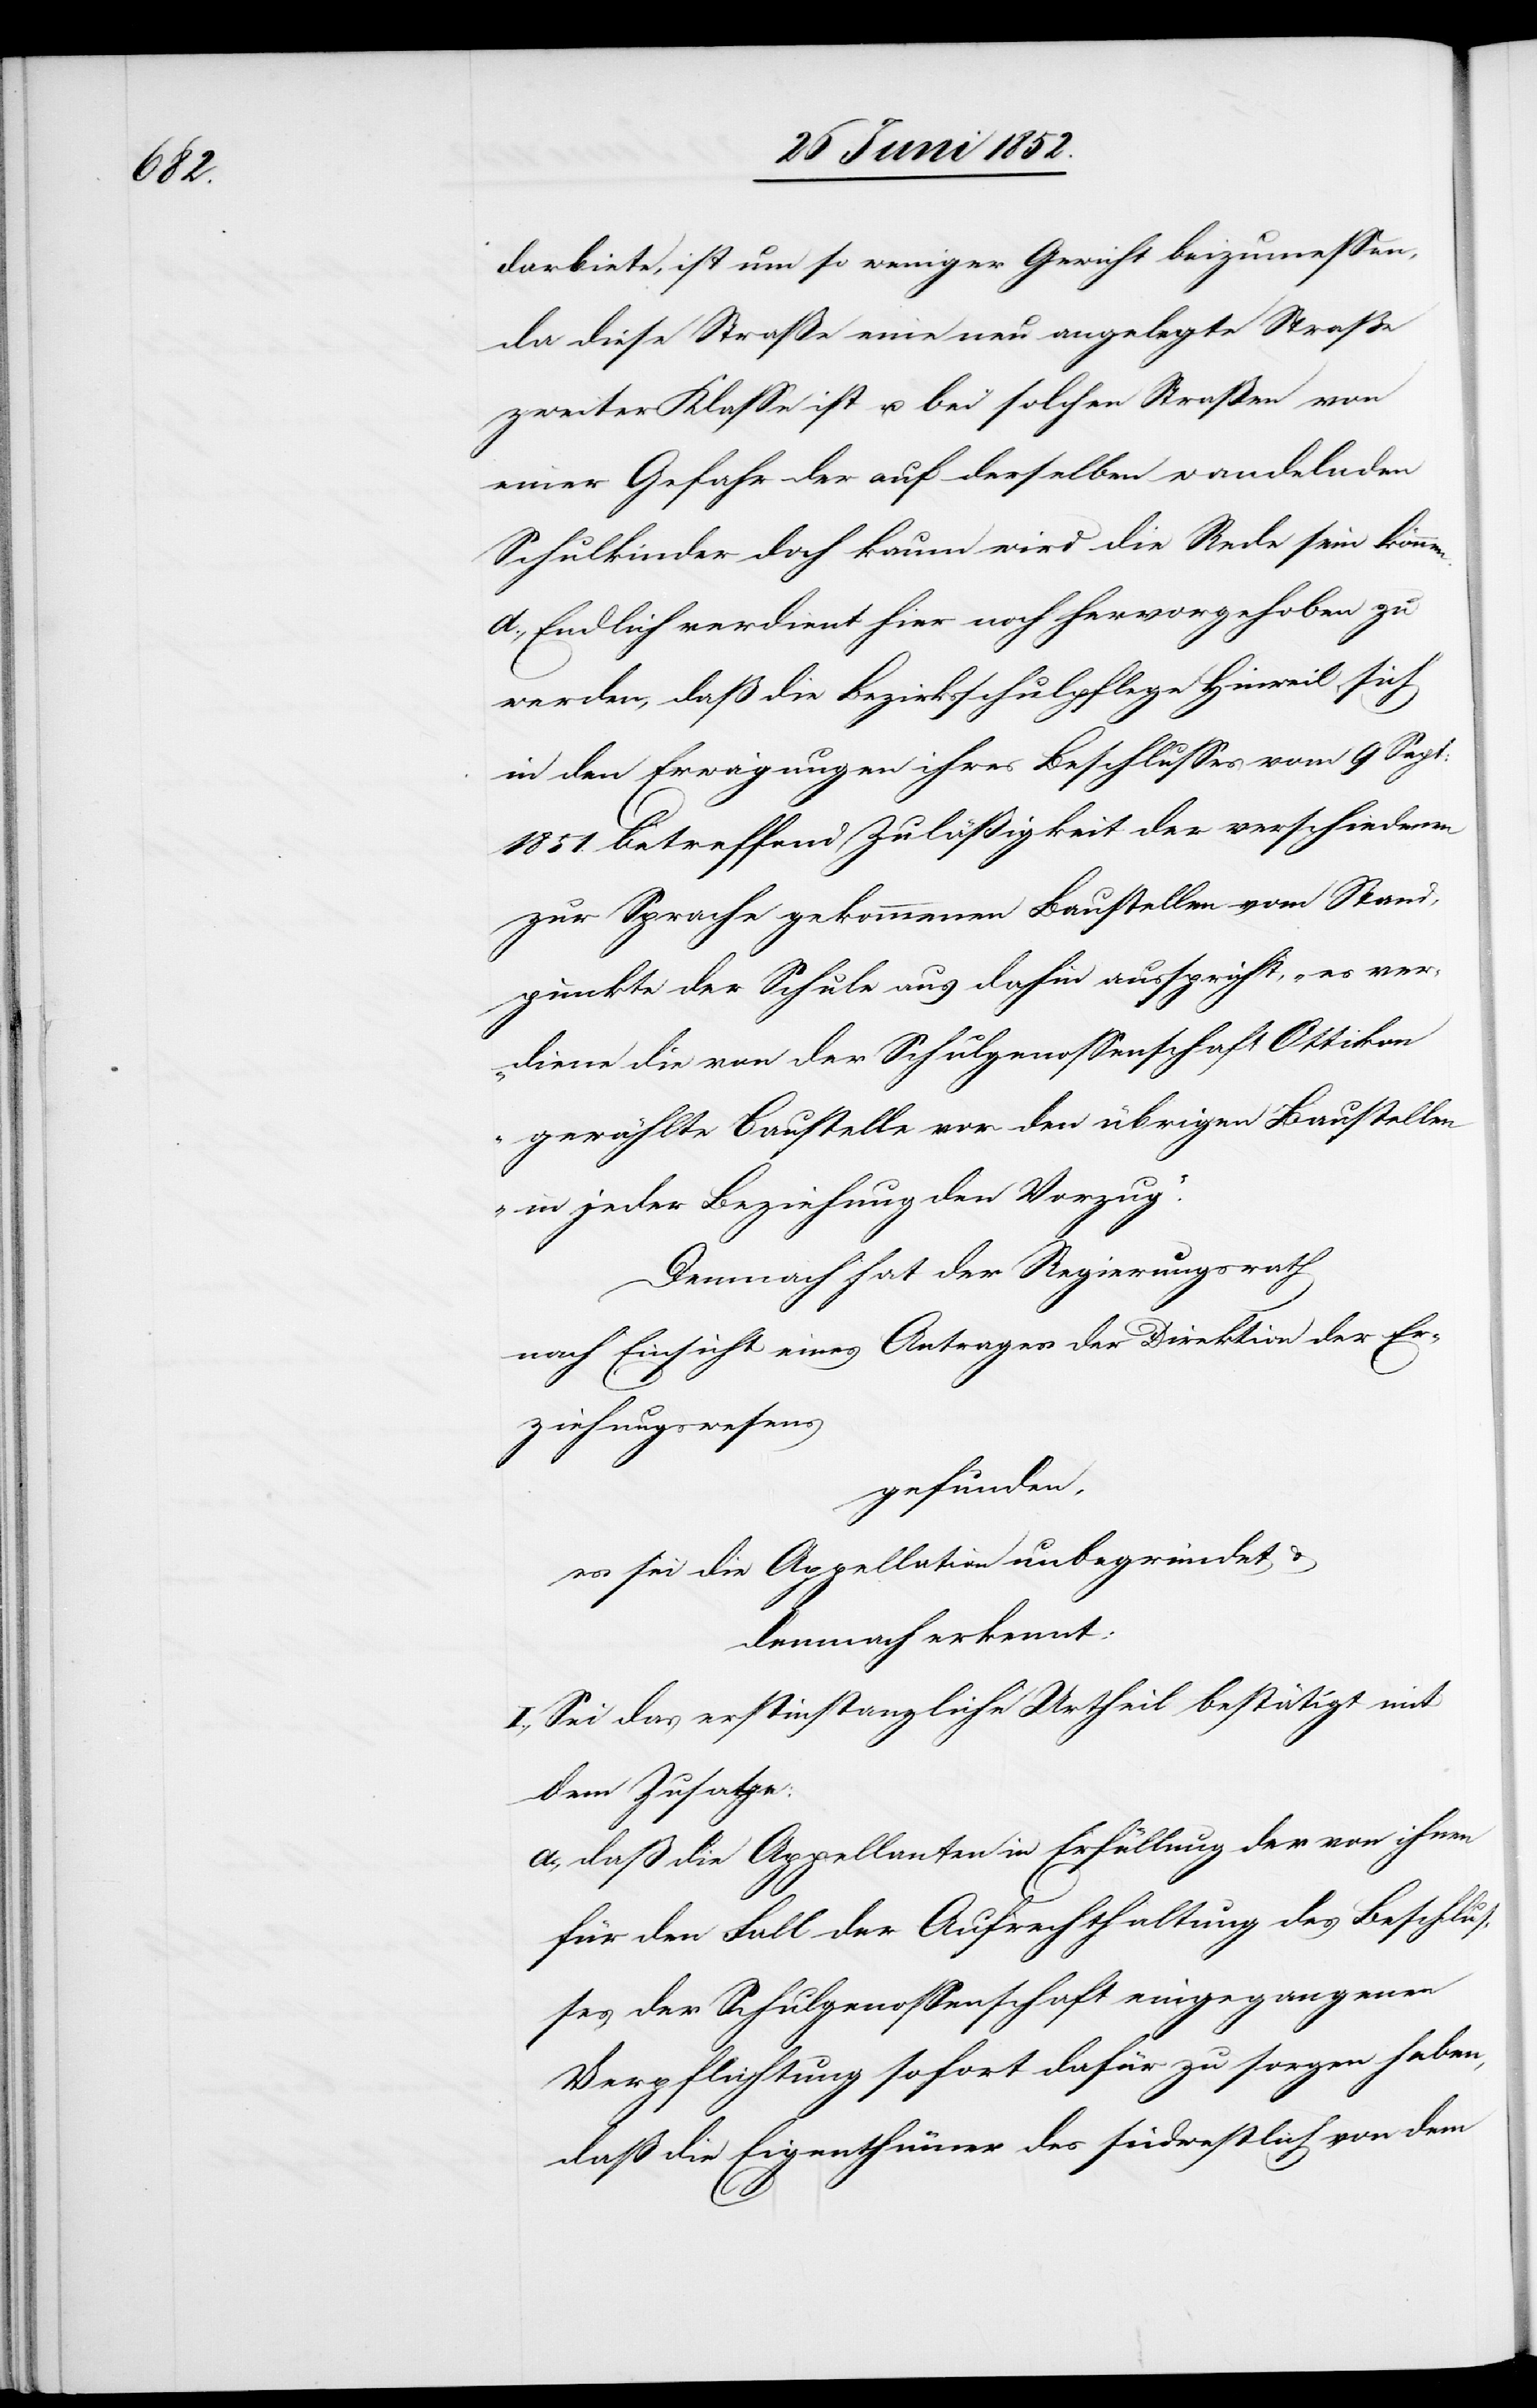
c!]

darbiete, ist um so weniger Gewicht beizumessen,
da diese Straße eine neu angelegte Straße
zweiter Klasse ist u. bei solchen Straßen von
einer Gefahr der auf derselben wandelnden
Schulkinder doch kaum wird die Rede sein können.
d., Endlich verdient hier noch hervorgehoben zu
werden, daß die Bezirksschulpflege Hinweil sich
in den Erwägungen ihres Beschlusses vom 9 Sept:
1851. betreffend Zuläßigkeit der verschiedenen
zur Sprache gekommenen Baustellen vom Stand¬
punkte der Schule aus dahin ausspricht, „es ver¬
diene die von der Schulgenossenschaft Ottikon
gewählte Baustelle vor den übrigen Baustellen
in jeder Beziehung den Vorzug.“
Demnach hat der Regierungsrath
nach Einsicht eines Antrages der Direktion der [si¬
Erziehungswesens
gefunden,
es sei die Appellation unbegründet &
demnach erkennt:
I., Sei das erstinstanzliche Urtheil bestätigt mit
dem Zusatze:
daß die Appellanten in Erfüllung der von ihnen
für den Fall der Aufrechthaltung des Beschlus¬
ses der Schulgenossenschaft eingegangenen
Verpflichtung sofort dafür zu sorgen haben,
daß die Eigenthümer des südwestlich von dem